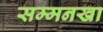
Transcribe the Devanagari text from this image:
सम्मनखा